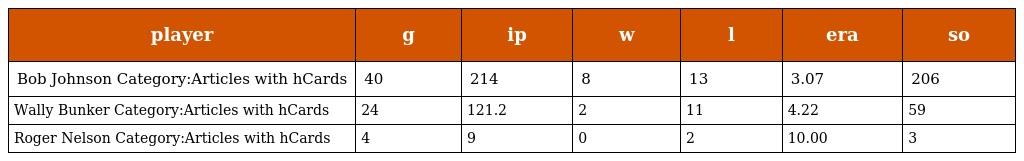
| player | g | ip | w | l | era | so |
 | --- | --- | --- | --- | --- | --- | --- |
 | Bob Johnson Category:Articles with hCards | 40 | 214 | 8 | 13 | 3.07 | 206 |
 | Wally Bunker Category:Articles with hCards | 24 | 121.2 | 2 | 11 | 4.22 | 59 |
 | Roger Nelson Category:Articles with hCards | 4 | 9 | 0 | 2 | 10.00 | 3 |